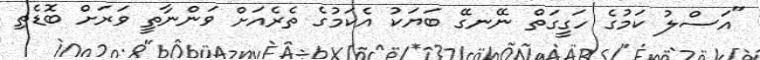
"އަސްލު ކަމުގެ ހަގީގަތް ނޭނގޭ ބަޔަކު އެކަމުގެ ތެރެއަށް ވަންނާތީ ވަރަށް ބޮޑެތި